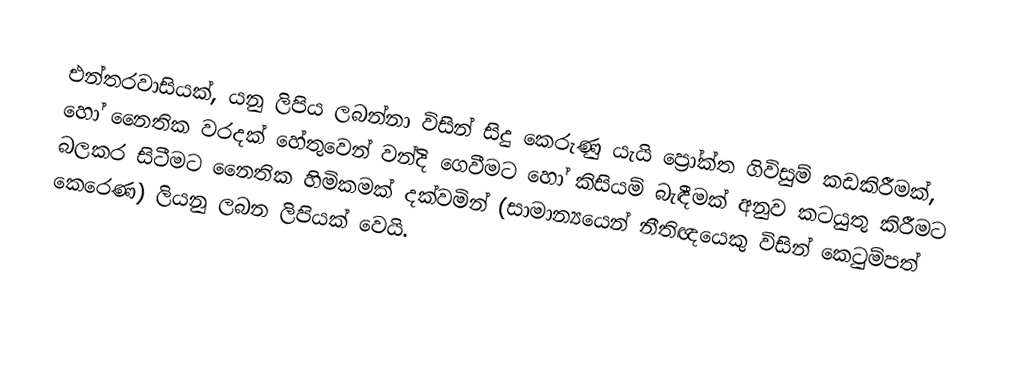
එන්තරවාසියක්, යනු ලිපිය ලබන්නා විසින් සිදු කෙරුණු යැයි ප්‍රෝක්ත  ගිවිසුම් කඩකිරීමක්, හෝ නෛතික වරදක් හේතුවෙන් වන්දි ගෙවීමට  හෝ කිසියම් බැඳීමක් අනුව කටයුතු කිරීමට බලකර සිටීමට නෛතික හිමිකමක් දක්වමින් (සාමාන්‍යයෙන් නීතිඥයෙකු විසින් කෙටුම්පත් කෙරෙණ) ලියනු ලබන ලිපියක් වෙයි.